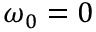
\omega _ { 0 } = 0